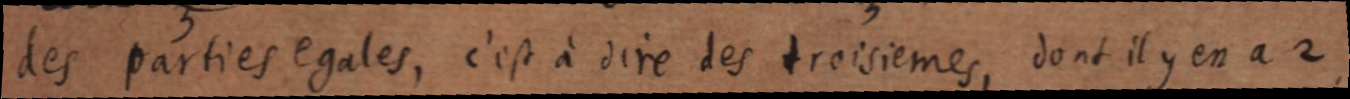
des parties egales, c’est à dire des troisiemes, dont il y en a 2